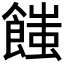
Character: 𩝚